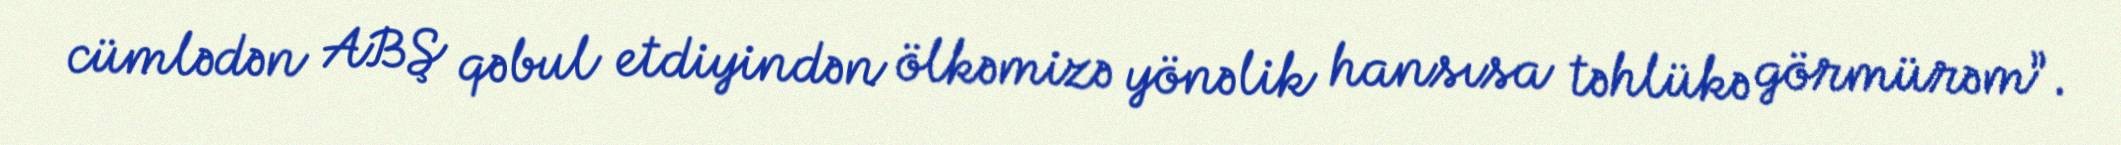
cümlədən ABŞ qəbul etdiyindən ölkəmizə yönəlik hansısa təhlükə görmürəm”.